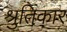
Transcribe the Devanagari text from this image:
श्रुतिकार